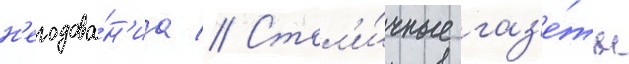
н'егодова́н'иа // Стол'и́чные газ'е́ты